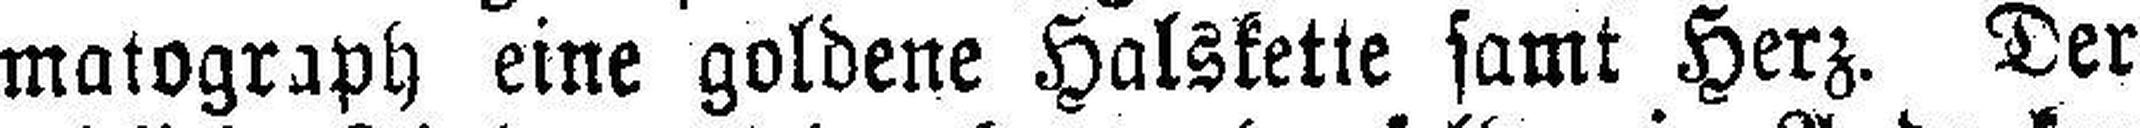
matograph eine goldene Halskette samt Herz. Der